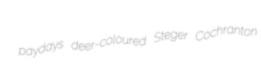
paydays deer-coloured Steger Cochranton